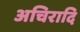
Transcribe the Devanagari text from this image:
अचिरादि